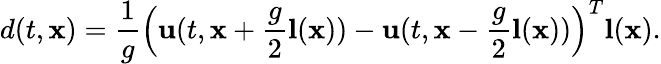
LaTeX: d(t,\mathbf{x})=\frac{1}{g}\Big(\mathbf{u}(t,\mathbf{x}+\frac{g}{2}\mathbf{l}(\mathbf{x}))-\mathbf{u}(t,\mathbf{x}-\frac{g}{2}\mathbf{l}(\mathbf{x}))\Big)^{T}\mathbf{l}(\mathbf{x}).